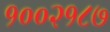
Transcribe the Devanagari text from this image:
१००२१८७